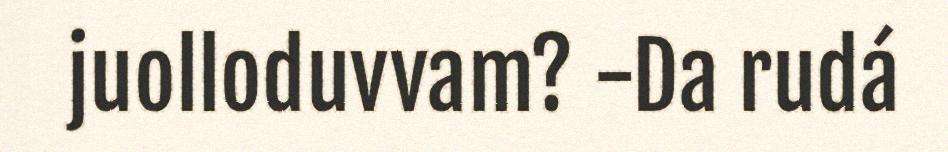
juolloduvvam? -Da rudá